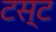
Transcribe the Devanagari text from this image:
टस्ट